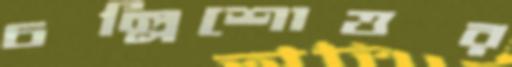
চল্লিশোত্তর